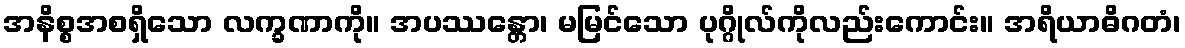
အနိစ္စအစရှိသော လက္ခဏာကို။ အပဿန္တော၊ မမြင်သော ပုဂ္ဂိုလ်ကိုလည်းကောင်း။ အရိယာဓိဂတံ၊